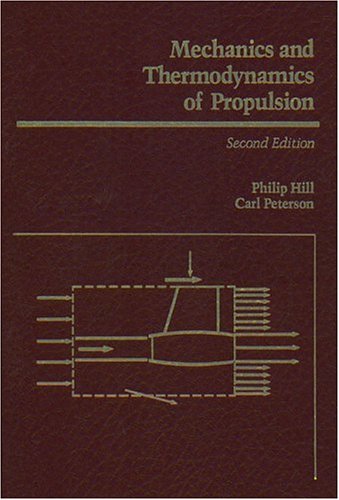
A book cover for Mechanics and Thermodynamics of Propulsion (2nd Edition); Philip Hill; Engineering & Transportation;